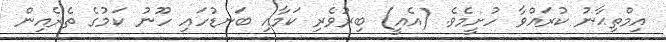
އިމްތިޙާނު ކުރައްވާ ހުށީމެވެ. (އެއީ) ބިރުވެރި ކަމާއި ބަނޑުހައި ހޫނު ކަމުގެ ތެރެއިން